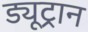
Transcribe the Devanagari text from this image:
ड्यूट्रान